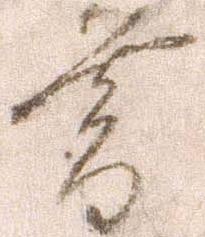
暮